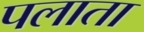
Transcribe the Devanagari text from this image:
पलाता